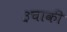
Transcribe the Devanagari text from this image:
३चाकी